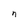
Character: n